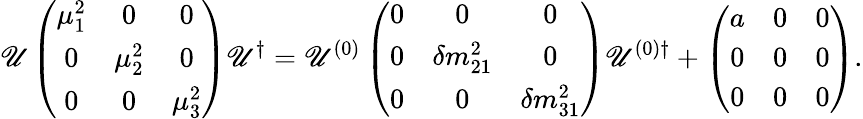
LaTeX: \mathscr{U}\left(\begin{array}{ccc}{{\mu_{1}^{2}}}&{{0}}&{{0}}\\ {{0}}&{{\mu_{2}^{2}}}&{{0}}\\ {{0}}&{{0}}&{{\mu_{3}^{2}}}\end{array}\right)\mathscr{U}^{\dagger}=\mathscr{U}^{(0)}\left(\begin{array}{ccc}{{0}}&{{0}}&{{0}}\\ {{0}}&{{\delta m_{21}^{2}}}&{{0}}\\ {{0}}&{{0}}&{{\delta m_{31}^{2}}}\end{array}\right)\mathscr{U}^{(0)\dagger}+\left(\begin{array}{ccc}{{a}}&{{0}}&{{0}}\\ {{0}}&{{0}}&{{0}}\\ {{0}}&{{0}}&{{0}}\end{array}\right).